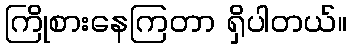
ကြိုစားနေကြတာ ရှိပါတယ်။